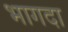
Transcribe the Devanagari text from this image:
भागदा